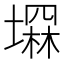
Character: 𡑕